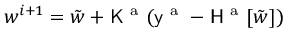
\boldsymbol { w } ^ { i + 1 } = \tilde { \boldsymbol { w } } + \mathsf { K } ^ { \mathrm { ~ a ~ } } ( \mathsf { y } ^ { \mathrm { ~ a ~ } } - \mathsf { H } ^ { \mathrm { ~ a ~ } } [ \tilde { \boldsymbol { w } } ] )